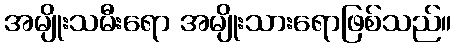
အမျိုးသမီးရော အမျိုးသားရောဖြစ်သည်။